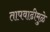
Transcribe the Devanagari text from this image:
तापवाढीमुळे